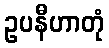
ဥပနီဟာတုံ